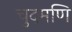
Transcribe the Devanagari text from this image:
चुदमणि